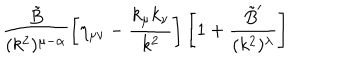
\frac { \tilde { B } } { ( k ^ { 2 } ) ^ { \mu - \alpha } } \left[ \eta _ { \mu \nu } - \frac { k _ { \mu } k _ { \nu } } { k ^ { 2 } } \right] \left[ 1 + \frac { \tilde { B } ^ { \prime } } { ( k ^ { 2 } ) ^ { \lambda } } \right]